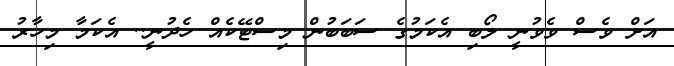
އަށް ވެސް ވެވުނީ ލޯބި އެކަމުގެ ސަބަބުން މިސްޓޭކެއް ހެދުނީ.. އެކަމާ މިހާރު